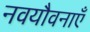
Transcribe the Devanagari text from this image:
नवयौवनाएँ